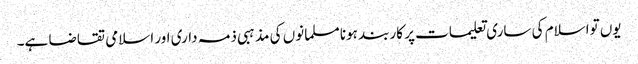
یوں تواسلام کی ساری تعلیمات پر کاربند ہونا مسلمانوں کی مذہبی ذمہ داری اور اسلامی تقاضا ہے۔